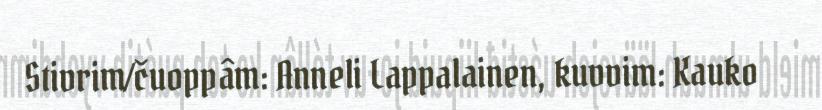
Stivrim/čuoppâm: Anneli Lappalainen, kuvvim: Kauko